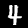
Digit: 4